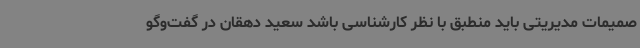
صمیمات مدیریتی باید منطبق با نظر کارشناسی باشد سعید دهقان در گفت‌وگو